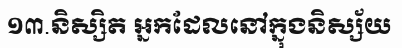
១៣.និស្សិត អ្នកដែលនៅក្នុងនិស្ស័យ